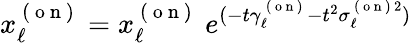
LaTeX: x_{\ell}^{\mathrm{~(~o~n~)~}}=x_{\ell}^{\mathrm{~(~o~n~)~}}\ e^{(-t\gamma_{\ell}^{\mathrm{~(~o~n~)~}}-t^{2}\sigma_{\ell}^{\mathrm{~(~o~n~)~}2})}